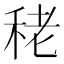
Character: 𥞠